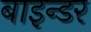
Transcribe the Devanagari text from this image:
बाइन्डर